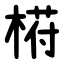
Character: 﨓